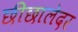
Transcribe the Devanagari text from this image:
छीछालेदर